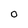
Character: O